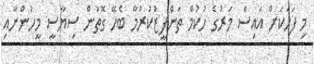
މި ފަހަކަށް އައިސް މަރުގެ ހުކުމް ތަންފީޒުކުރުމާ ބެހޭ ގޮތުން ސިޔާސީ މީހުންނާއި